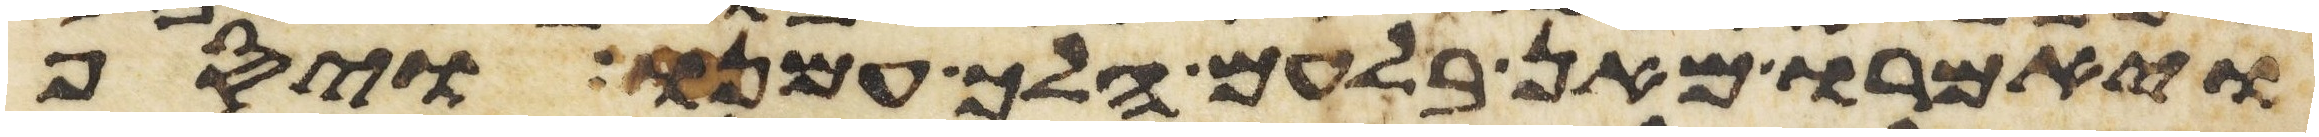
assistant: ויאמרו מאן בלעם הלך עמנו ויסף